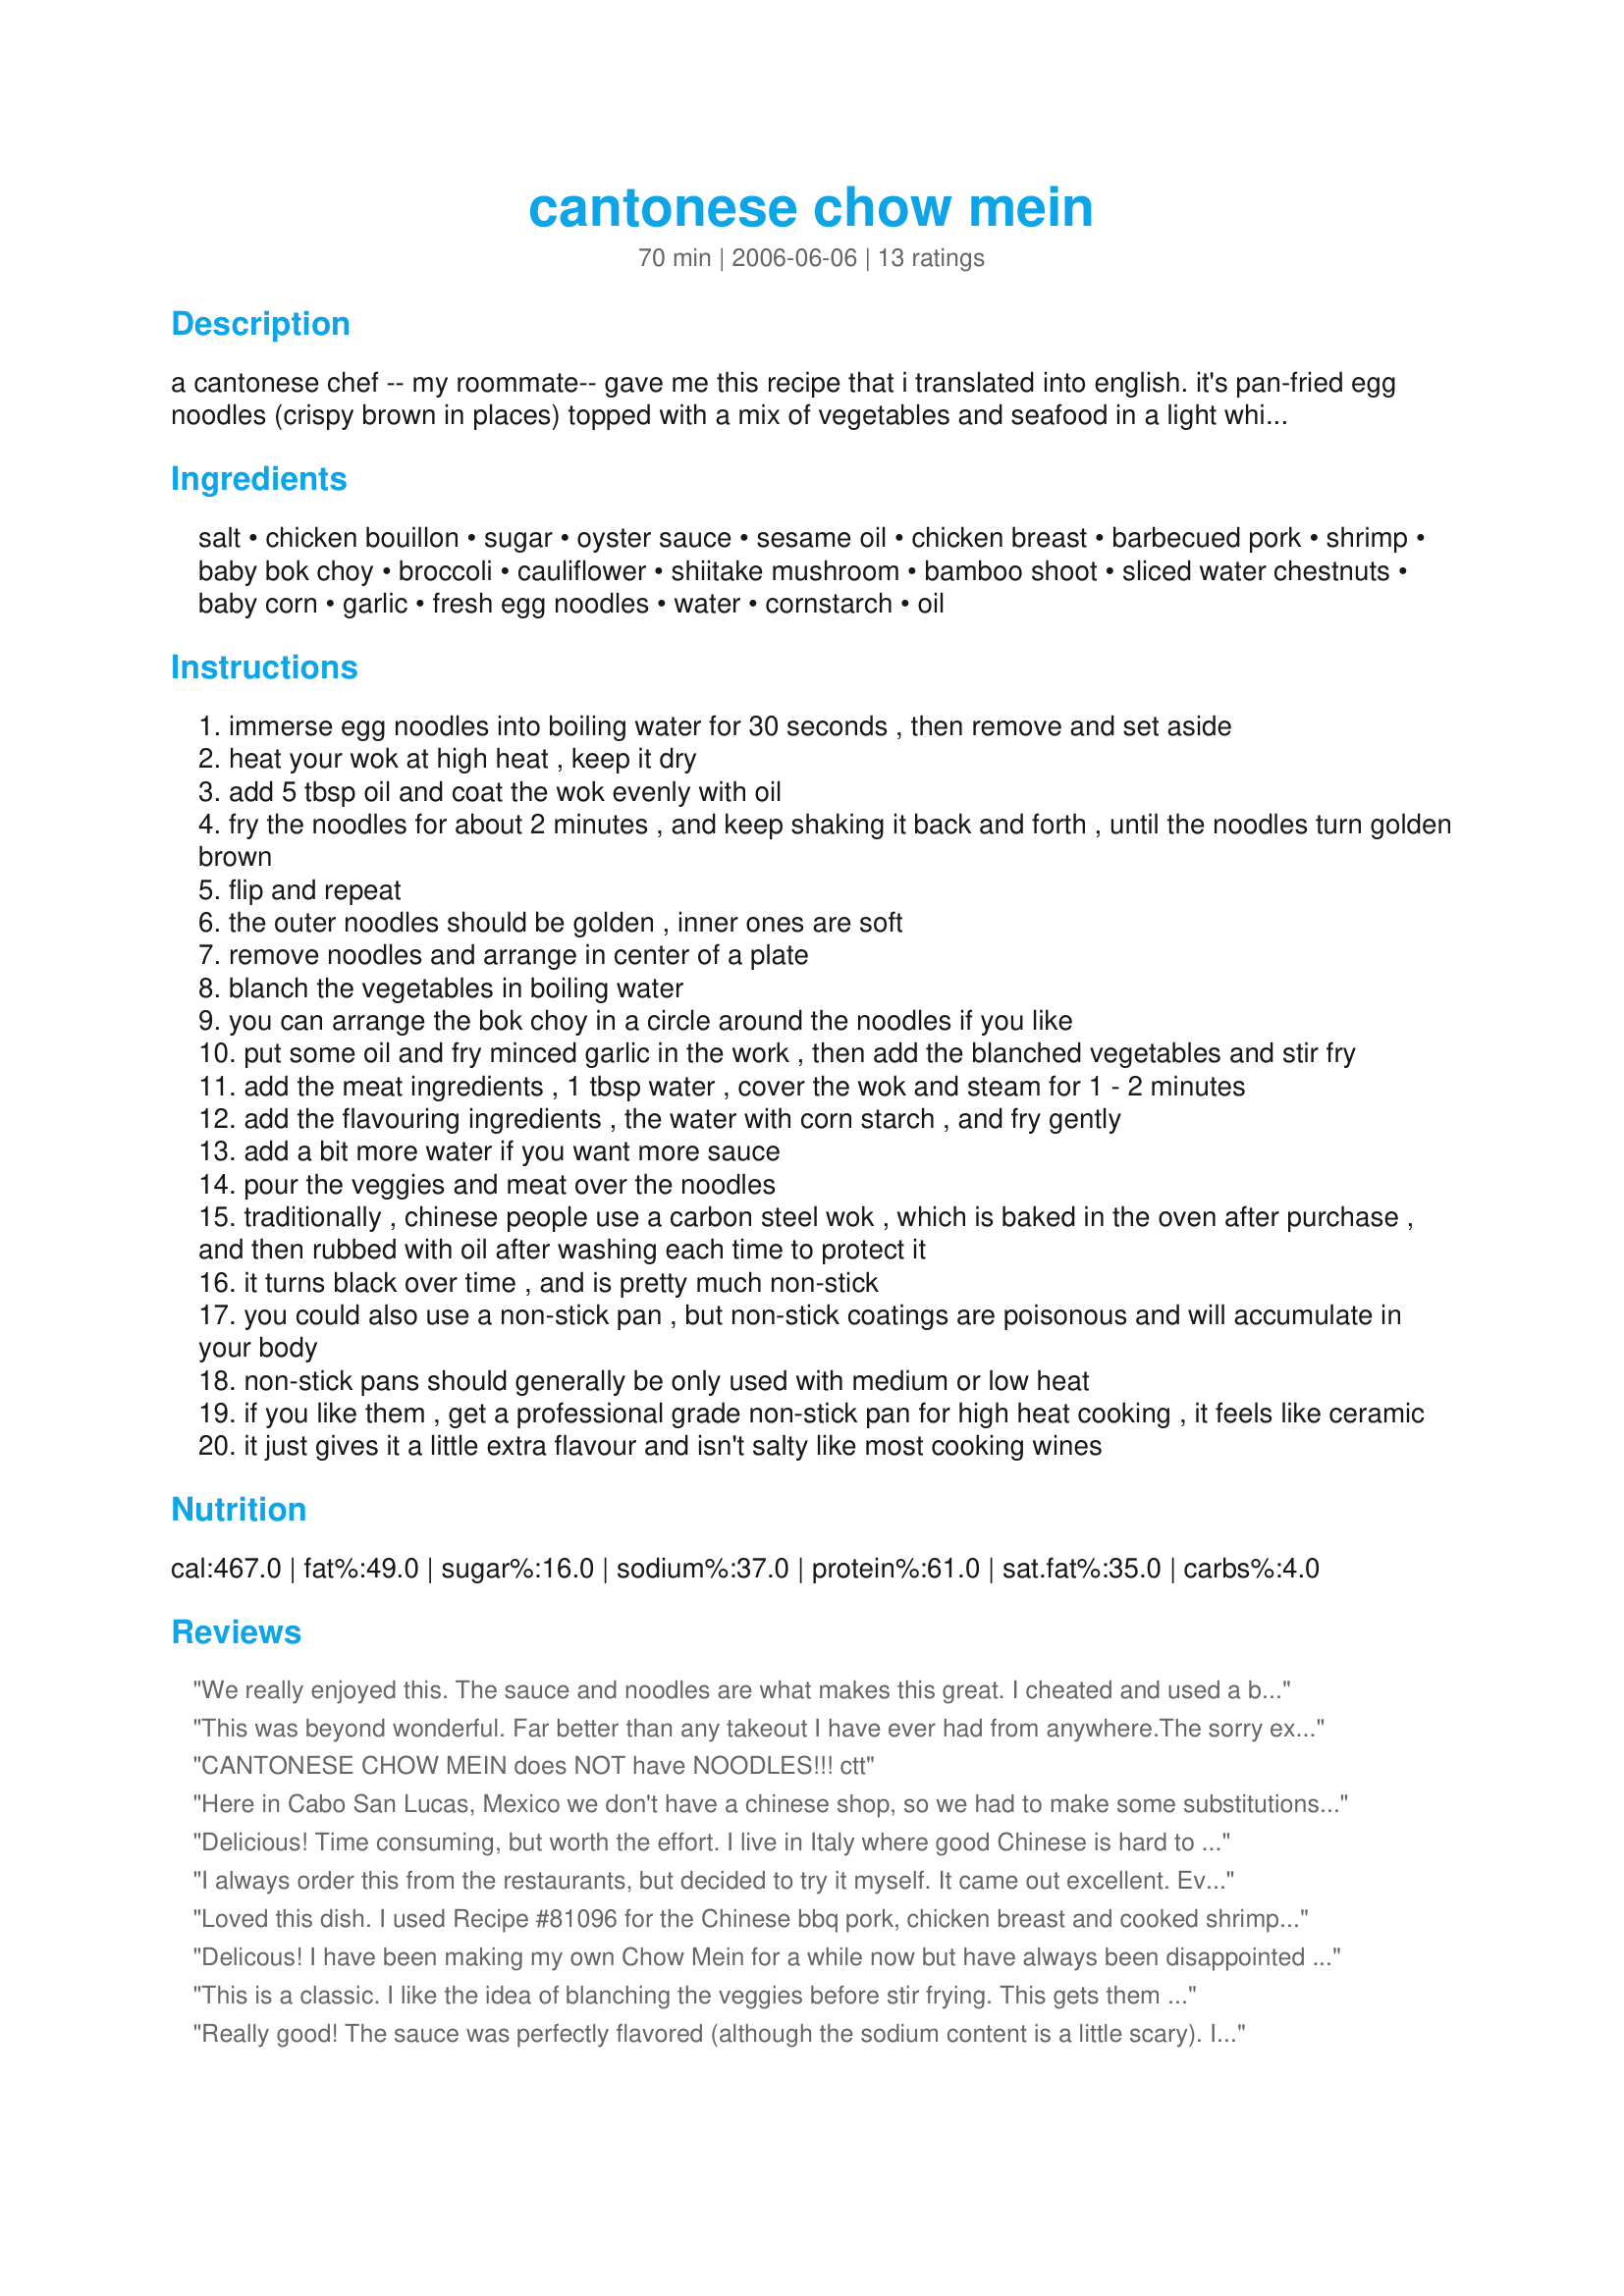
cantonese chow mein
Preparation time: 70 minutes

a cantonese chef -- my roommate-- gave me this recipe that i translated into english. it's pan-fried egg noodles (crispy brown in places) topped with a mix of vegetables and seafood in a light white sauce. very nice.

Ingredients:
salt, chicken bouillon, sugar, oyster sauce, sesame oil, chicken breast, barbecued pork, shrimp, baby bok choy, broccoli, cauliflower, shiitake mushroom, bamboo shoot, sliced water chestnuts, baby corn, garlic, fresh egg noodles, water, cornstarch, oil

Steps:
immerse egg noodles into boiling water for 30 seconds , then remove and set aside
heat your wok at high heat , keep it dry
add 5 tbsp oil and coat the wok evenly with oil
fry the noodles for about 2 minutes , and keep shaking it back and forth , until the noodles turn golden brown
flip and repeat
the outer noodles should be golden , inner ones are soft
remove noodles and arrange in center of a plate
blanch the vegetables in boiling water
you can arrange the bok choy in a circle around the noodles if you like
put some oil and fry minced garlic in the work , then add the blanched vegetables and stir fry
add the meat ingredients , 1 tbsp water , cover the wok and steam for 1 - 2 minutes
add the flavouring ingredients , the water with corn starch , and fry gently
add a bit more water if you want more sauce
pour the veggies and meat over the noodles
traditionally , chinese people use a carbon steel wok , which is baked in the oven after purchase , and then rubbed with oil after washing each time to protect it
it turns black over time , and is pretty much non-stick
you could also use a non-stick pan , but non-stick coatings are poisonous and will accumulate in your body
non-stick pans should generally be only used with medium or low heat
if you like them , get a professional grade non-stick pan for high heat cooking , it feels like ceramic
it just gives it a little extra flavour and isn't salty like most cooking wines

Reviews:
We really enjoyed this. The sauce and noodles are what makes this great. I cheated and used a bag of frozen Asian style vegetables (broccoli, carrots, baby corn, etc), and chicken. I look forward to making it again with fresh vegetables and with the pork and shrimp. For the sauce I substituted 1 teaspoon of chicken base instead of the bouillion, and skipped the salt. Also took the suggestion and added a splash of rice wine when cooking the meat, and added an extra 1/4 cup water to the sauce.
This was beyond wonderful. Far better than any takeout I have ever had from anywhere.The sorry excuse for a local Chinese takeout has reason to be very afraid indeed ; ) I omitted the salt altogether, upped the oyster sauce by an extra 1/2 tsp, did emply the the rice wine, and added in bean sprouts to compensate for my lack of cauliflower. I had to use up leftover roast beef and half a bag of thawed tiger shrimp so subbed those for the meats listed. Served topped with chopped scallions and sesame seed.
CANTONESE CHOW MEIN does NOT have NOODLES!!! ctt
Here in Cabo San Lucas, Mexico we don't have a chinese shop, so we had to make some substitutions (white mushrooms for shitake,more other veggies for bok choy. But, it was delicious and we'll definitely make it again.
Delicious! Time consuming, but worth the effort. I live in Italy where good Chinese is hard to find so this dish is much appreciated. My fiancee's family love it, even his 90 year old grandmother! Bean sprouts are also a nice addition.
I always order this from the restaurants, but decided to try it myself. It came out excellent. Even my veggie-phobic husband enjoyed it. I only used chicken and used light olive oil for the stir-frying. I also added a couple teaspoons of soy sauce to the flavoring mix. I also did not use as much salt as the recipe called for. Thanks for sharing this recipe. It was definitely a winner.
Loved this dish. I used Recipe #81096 for the Chinese bbq pork, chicken breast and cooked shrimp. I couldn't get baby bok choy so used regular. Made with Soba noodles and then fried as directed. It has great flavor and looks wonderful on the plate. Took some time but was worth it. Do try this one.
Delicous! I have been making my own Chow Mein for a while now but have always been disappointed in the sauce so to find this recipe it made my day. I followed the directions exactly for the sauce even adding a little of the rice wine. I use green cabbage, snow peas, carrots, yellow onion and bean sprouts to make a veggi chow mein.
This is a classic. I like the idea of blanching the veggies before stir frying. This gets them moist , yet tender crisp and makes the stir frying a lot quicker since they&#039;re already par cooked. I found the technique most interesting, i.e. preparing the noodles, surrounded by the blanched leaves. ( I use shangai greens and/or baby bok choy, or regular bok choy. I haven&#039;t tried any other greens but I was wondering about swiss chard or even kale. ) ..and then topped with your meat and veggies and sauce. then I use a pair of tongs to serve out the food onto my plate. the tongs help to pick up the noodles and the vegetables very well. I use more water like 2/3 or 3/4 cup with about 2 T corn starch. it produces just the right amount of sauce. I also added some chopped pieces of scallion. This dish would be good with shrimp too.
i love having this dish because it has everything in it, your carbs, protein, vegetables... the best!
Really good! The sauce was perfectly flavored (although the sodium content is a little scary). I was cooking sticky pork separately, so I didn't include any meat here. I used veggies we had around the house - broccoli, bean sprouts, carrots, a little celery, onion & some green onion. Blanched the noodles in the wok. Steamed the broccoli & carrots in the microwave instead of blanching them and just stir fried the rest. Added about an extra 1/2 cup or so of water for more sauce.
This recipe is fantastic . I didn`t have bok choy or cauliflower . Actually to be honest with you i made it 2 nights in a row . :)
The only Chinese Takeout that produced a quality product in our small city parlayed their success into the purchase of a full size restaurant in a nearby larger center . I tried this recipe and was stunned at how well it turned out . A scary thought for the remaining Chinese restaurants that I now make the best Cantonese Chow Mein in a city of 35,000
Fantastic! The sauce was perfect. The one thing that I did differently was that once I had boiled and drained the egg noodles, I tossed them in a bit of olive oil and spread them on a cookie sheet and baked them on low. Still had crunch but much less fat and easier to work with :)
